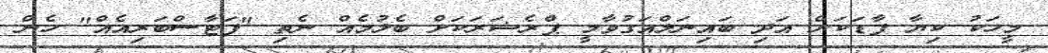
މީހަކު ކިޔާ ފާޑަކަށް އަދި ބައިނަލްއަގުވާމީ ޕްރެޝަރަކަށް ބެލުމެއް ނެތި "ފަޓާސްބަރިއެއް" ހެން